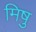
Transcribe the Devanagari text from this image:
मिषु